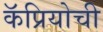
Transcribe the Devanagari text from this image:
कॅप्रियोची